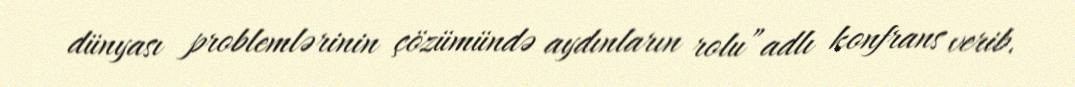
dünyası problemlərinin çözümündə aydınların rolu”adlı konfrans verib.